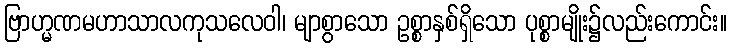
ဗြာဟ္မဏမဟာသာလကုသလေဝါ၊ မျာစွာသော ဥစ္စာနှစ်ရှိသော ပုစ္စာမျိုး၌လည်းကောင်း။